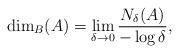
LaTeX: \begin{align*}\dim_B(A)=\lim_{\delta \to 0} \frac{N_\delta(A)}{-\log \delta},\end{align*}